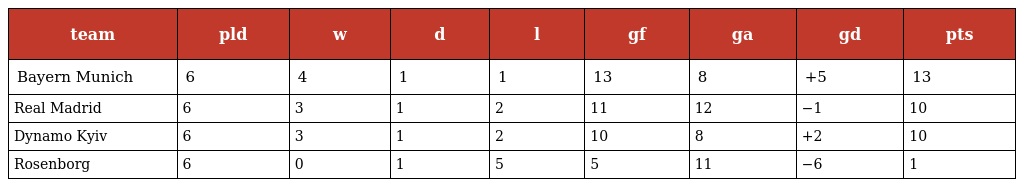
| team | pld | w | d | l | gf | ga | gd | pts |
 | --- | --- | --- | --- | --- | --- | --- | --- | --- |
 | Bayern Munich | 6 | 4 | 1 | 1 | 13 | 8 | +5 | 13 |
 | Real Madrid | 6 | 3 | 1 | 2 | 11 | 12 | −1 | 10 |
 | Dynamo Kyiv | 6 | 3 | 1 | 2 | 10 | 8 | +2 | 10 |
 | Rosenborg | 6 | 0 | 1 | 5 | 5 | 11 | −6 | 1 |